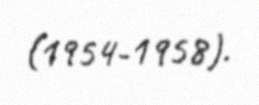
(1954-1958).